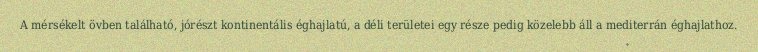
A mérsékelt övben található, jórészt kontinentális éghajlatú, a déli területei egy része pedig közelebb áll a mediterrán éghajlathoz.